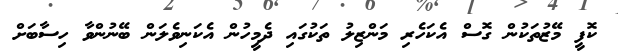
ކޮފީ މޭޒުތަކުން ގޮސް އެކަހެރި މަންޒިލު ތަކުގައި ދެމީހުން އެކަނިވެލަން ބޭނުންވާ ހިސާބަށް